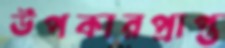
উপকারপ্রাপ্ত